Leaving Certificate Examination, 1914
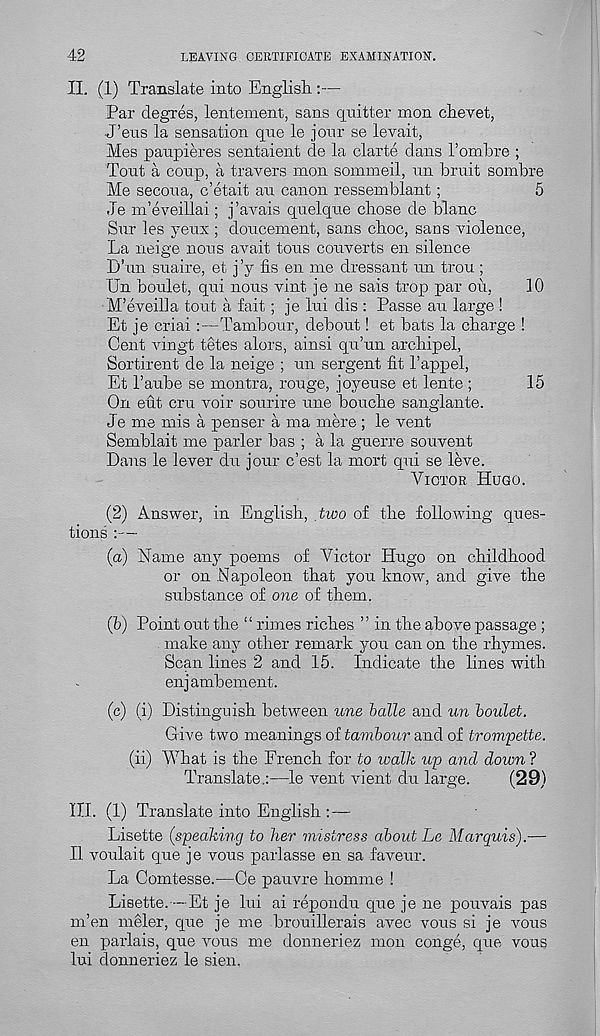
42
LEAVING CERTIFICATE EXAMINATION.
II. (1) Translate into English.:—
Par degres, lentement, sans quitter mon ehevet,
J’eus la sensation que le jonr se levait,
Mes paupieres sentaient de la clarte dans Tombre ;
Tont a coup, a travers mon sommeil, un bruit sombre
Me secoua, c’etait au canon ressemblant ;
5
Je m’eveillai; j’avais quelque chose de blanc
Sur les yens ; doucement, sans choc, sans violence,
La neige nous avait tons converts en silence
D’un suaire, et j’y fis en me dressant un trou ;
Un boulefc, qui nous vint je ne sals trop par on,
10
M’eveilla tout a fait; je lui dis : Passe au large !
Et je criai :—Tambour, debout! et bats la charge !
Cent vingt tetes alors, ainsi qu’un archipel,
Sortirent de la neige ; un sergent fit 1’appel,
Et 1’aube se montra, rouge, joyeuse et lente ;
15
On eut cru voir sourire une bouche sanglante.
Je me mis a penser a ma mere ; le vent
Semblait me parler has ; a la guerre souvent
Dans le lever du jour c’est la mort qui se leve.
Victor Hugo.
(2) Answer, in English, two of the following ques-
tions :—
(a) Name any poems of Victor Hugo on childhood
or on Napoleon that you know, and give the
substance of one of them.
(b) Point out the “ rimes riches ” in the above passage ;
make any other remark you can on the rhymes.
Scan lines 2 and 15. Indicate the lines with
enjambement.
(c) (i) Distinguish between une balle and un boulet.
Give two meanings of tambour and of trompette.
(ii) What is the French for to walk up and down ?
Translate.:—le vent vient du large.
(29)
III. (1) Translate into English : —
Lisette (speaking to her mistress about Le Marquis).—
II voulait que je vous parlasse en sa faveur.
La Comtesse.—Ce pauvre homme !
Liaette.—Et je lui ai repondu que je ne pouvais pas
m’en meler, que je me brouillerais avec vous si je vous
en parlais, que vous me donneriez mon conge, que vous
lui donneriez le sien.